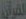
القرآن